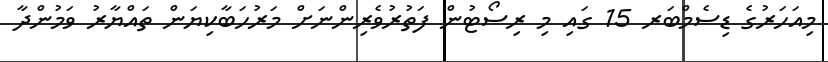
މިއަހަރުގެ ޑިސެމްބަރ 15 ގައި މި ރިސޯޓުން ފަތުރުވެރިންނަށް މަރުހަބާކިޔަން ތައްޔާރު ވަމުންދާ